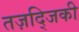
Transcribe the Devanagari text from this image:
तज़द्जिकी